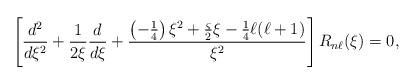
LaTeX: \begin{align*}\left[\frac{d^2}{d\xi^2}+\frac{1}{2\xi}\frac{d}{d\xi}+\frac{\left(-\frac{1}{4}\right)\xi^2+\frac{\varsigma}{2}\xi-\frac{1}{4}\ell(\ell+1)}{\xi^2}\right]R_{n\ell}(\xi)=0,\end{align*}